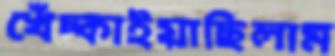
খেঁচ্‌কাইয়াছিলাম